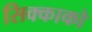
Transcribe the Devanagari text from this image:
सिक्काको